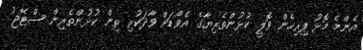
އެންމެ މޮޅު ފިރިހެން ވޮލީ ކުޅުންތެރިޔާގެ އެވޯޑަށް ވާދަކުރި ތިން ކުޅުންތެރިން ސްޓޭޖު